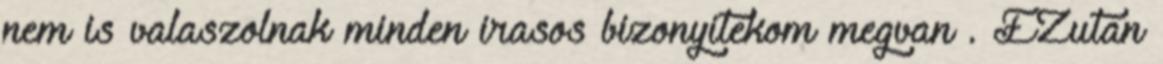
nem is valaszolnak minden irasos bizonyitekom megvan . EZutan